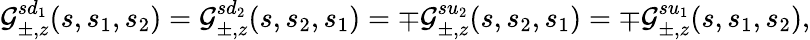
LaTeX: {\cal G}_{\pm,z}^{sd_{1}}(s,s_{1},s_{2})={\cal G}_{\pm,z}^{sd_{2}}(s,s_{2},s_{1})=\mp{\cal G}_{\pm,z}^{su_{2}}(s,s_{2},s_{1})=\mp{\cal G}_{\pm,z}^{su_{1}}(s,s_{1},s_{2}),